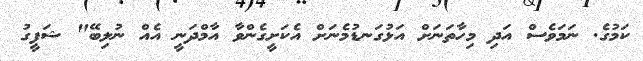
ކަމުގެ. ނަމަވެސް އަދި މިހާތަނަށް އަޅުގަނޑުމެނަށް އެކަށީގެންވާ އާމްދަނީ އެއް ނުލިބޭ" ޝަފީގު